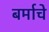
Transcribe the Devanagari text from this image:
बर्माचे